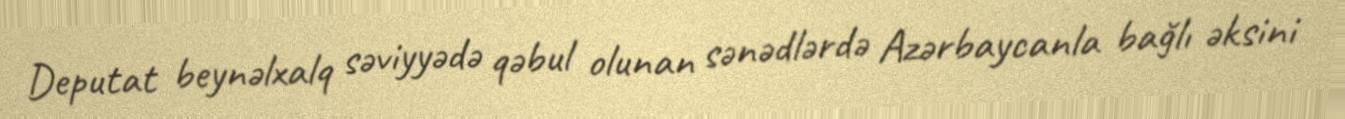
Deputat beynəlxalq səviyyədə qəbul olunan sənədlərdə Azərbaycanla bağlı əksini